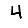
Digit: 4